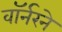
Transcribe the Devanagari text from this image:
वॉर्नरने